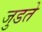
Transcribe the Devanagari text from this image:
जुडते